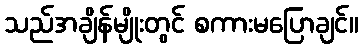
သည်အချိန်မျိုးတွင် စကားမပြောချင်။